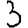
Digit: 3